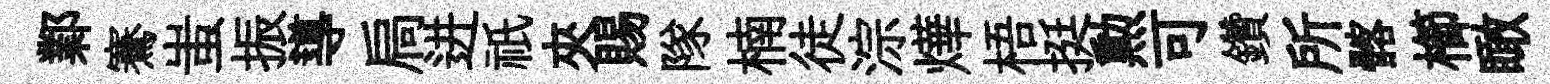
鄴騫蚩振導扃进祇夾賜隊楠徒淙燁梧挺勲可鑽所髂櫛瞰